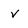
Character: V